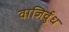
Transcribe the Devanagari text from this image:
वाजिर्वुध